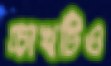
চোখটিও